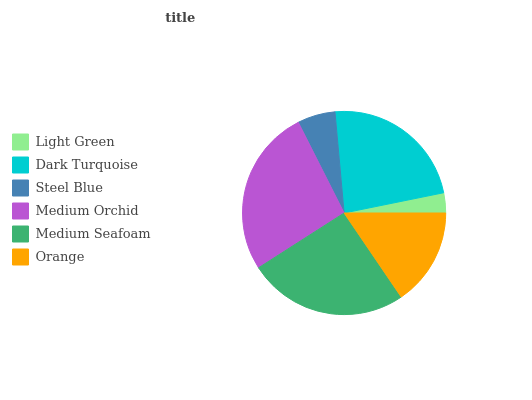
| Light Green | Dark Turquoise | Steel Blue | Medium Orchid | Medium Seafoam | Orange |
 | --- | --- | --- | --- | --- | --- |
 | 3.18% | 23.2% | 6.02% | 26.6% | 25.5% | 15.5% |